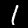
Label: 1